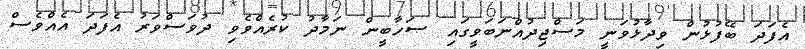
އެފަދަ ބޭފުޅުން ވިދާޅުވަނީ މަސްޖިދުއްނަބަވީގައި ޞަހާބީން ނަމާދު ކުރެއްވެވި ދުވަސްވަރު އެފަދަ އެއްވެސް